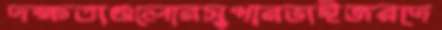
দক্ষতাগুলোরসুপারভাইজরদে